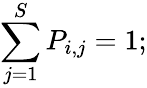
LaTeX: \sum_{j=1}^{S}P_{i,j}=1;